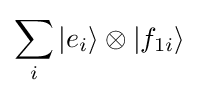
\sum _{i}|e_{i}\rangle \otimes |f_{1i}\rangle